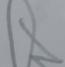
Signature authenticity: forged